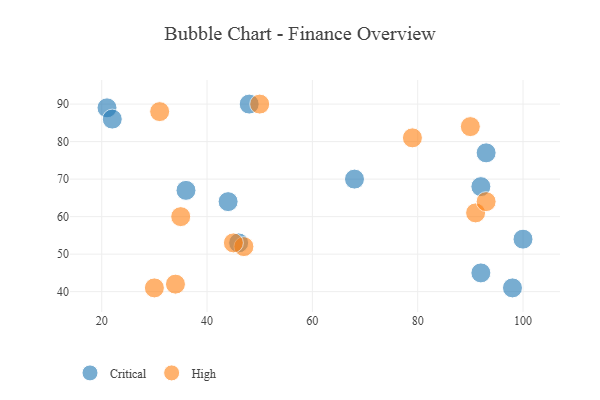
{"axis": {"x": "GDP", "y": "Life Expectancy"}, "legend": ["Critical", "High"], "data": [{"x": "21", "y": 89, "type": "Critical"}, {"x": "22", "y": 86, "type": "Critical"}, {"x": "100", "y": 54, "type": "Critical"}, {"x": "92", "y": 45, "type": "Critical"}, {"x": "44", "y": 64, "type": "Critical"}, {"x": "98", "y": 41, "type": "Critical"}, {"x": "46", "y": 53, "type": "Critical"}, {"x": "68", "y": 70, "type": "Critical"}, {"x": "36", "y": 67, "type": "Critical"}, {"x": "93", "y": 77, "type": "Critical"}, {"x": "48", "y": 90, "type": "Critical"}, {"x": "92", "y": 68, "type": "Critical"}, {"x": "34", "y": 42, "type": "High"}, {"x": "50", "y": 90, "type": "High"}, {"x": "35", "y": 60, "type": "High"}, {"x": "47", "y": 52, "type": "High"}, {"x": "90", "y": 84, "type": "High"}, {"x": "31", "y": 88, "type": "High"}, {"x": "91", "y": 61, "type": "High"}, {"x": "30", "y": 41, "type": "High"}, {"x": "45", "y": 53, "type": "High"}, {"x": "93", "y": 64, "type": "High"}, {"x": "79", "y": 81, "type": "High"}]}